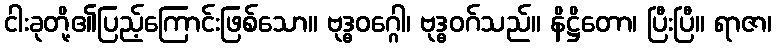
ငါးခုတို့၏ပြည့်ကြောင်းဖြစ်သော။ ဗုဒ္ဓဝဂ္ဂေါ၊ ဗုဒ္ဓဝဂ်သည်။ နိဋ္ဌိတော၊ ပြီးပြီ။ ရာဇာ၊